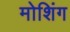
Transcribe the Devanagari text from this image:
मोशिंग